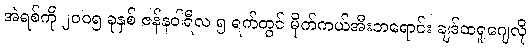
အဲရစ်ကို ၂၀၀၅ ခုနှစ် ဇန်နဝါရီလ ၅ ရက်တွင် မိုက်ကယ်အီးဘရောင်း ချဒ်ထရူဂျေလို